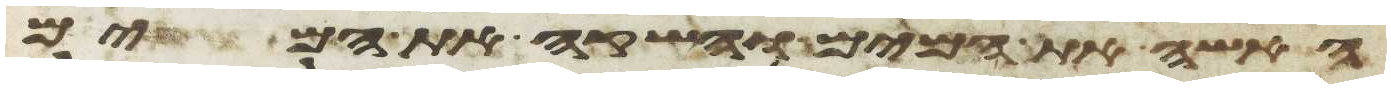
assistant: האשה את המים והשקה את המים